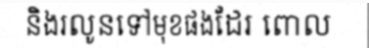
និងរលូនទៅមុខផងដែរ ពោល